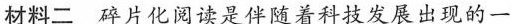
材料二 碎片化阅读是伴随着科技发展出现的一